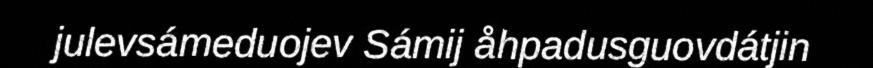
julevsámeduojev Sámij åhpadusguovdátjin